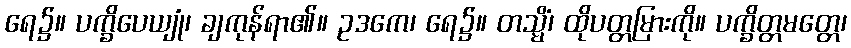
ရေ၌။ ပက္ခိပေယျုံ၊ ချကုန်ရာ၏။ ဥဒကေ၊ ရေ၌။ တသ္မိံ၊ ထိုပတ္တမြားကို။ ပက္ခိတ္တမတ္တေ၊